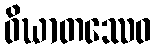
ဝိဃာတဿေဝ